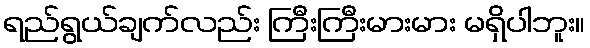
ရည်ရွယ်ချက်လည်း ကြီးကြီးမားမား မရှိပါဘူး။